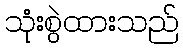
သုံးစွဲထားသည်